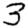
Digit: 3